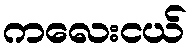
ကလေးငယ်